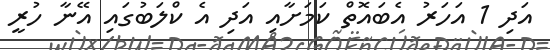
އަދި 1 އަހަރު އެބައޮތް ކަމަށާއި އަދި އެ ކްލަބުގައި އޭނާ ހުރީ